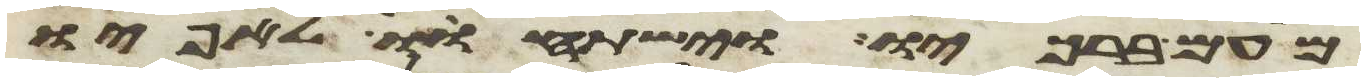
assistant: מעם ברכיו וישתחוו לאפיו